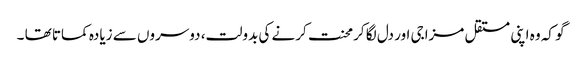
گو کہ وہ اپنی مستقل مزاجی اور دل لگا کرمحنت کرنے کی بدولت، دوسروں سے زیادہ کماتا تھا ۔